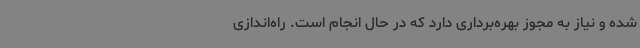
شده و نیاز به مجوز بهره‌برداری دارد که در حال انجام است. راه‌اندازی